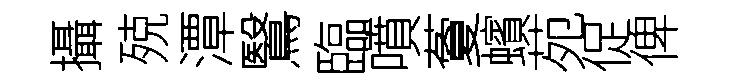
攝殑潭鷖臨噴藑蠙苑促俾